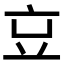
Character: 𠅉